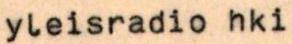
yleisradio hki